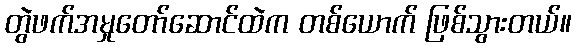
တွဲဖက်အမှုတော်ဆောင်ထဲက တစ်ယောက် ဖြစ်သွားတယ်။